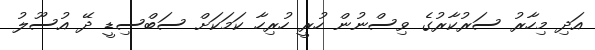
އަދި މިހާރު ސަރުކާރުގެ ވިސްނުން ހުރީ ހުރިހާ ކަމަކަށް ސަބްސިޑީ ދޭ އުސޫލު